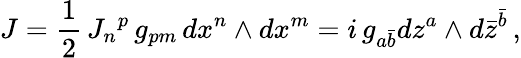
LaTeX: J=\frac 12\, {J_{n}}^{p}\, g_{pm}\, dx^{n}\wedge dx^{m}=i\, g_{a\bar{b}}dz^{a}\wedge d\bar{z}^{\bar{b}}\, ,